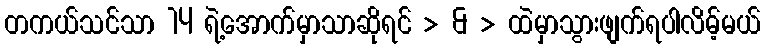
တကယ်သင်သာ 14 ရဲ့အောက်မှာသာဆိုရင် > & > ထဲမှာသွားဖျက်ရပါလိမ့်မယ်